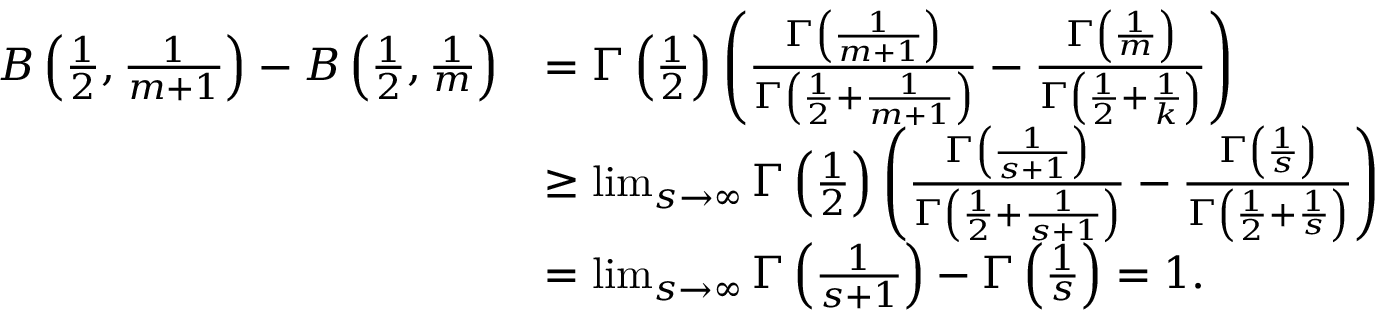
\begin{array} { r l } { B \left( \frac { 1 } { 2 } , \frac { 1 } { m + 1 } \right) - B \left( \frac { 1 } { 2 } , \frac { 1 } { m } \right) } & { = \Gamma \left( \frac { 1 } { 2 } \right) \left( \frac { \Gamma \left( \frac { 1 } { m + 1 } \right) } { \Gamma \left( \frac { 1 } { 2 } + \frac { 1 } { m + 1 } \right) } - \frac { \Gamma \left( \frac { 1 } { m } \right) } { \Gamma \left( \frac { 1 } { 2 } + \frac { 1 } { k } \right) } \right) } \\ & { \geq \operatorname* { l i m } _ { s \to \infty } \Gamma \left( \frac { 1 } { 2 } \right) \left( \frac { \Gamma \left( \frac { 1 } { s + 1 } \right) } { \Gamma \left( \frac { 1 } { 2 } + \frac { 1 } { s + 1 } \right) } - \frac { \Gamma \left( \frac { 1 } { s } \right) } { \Gamma \left( \frac { 1 } { 2 } + \frac { 1 } { s } \right) } \right) } \\ & { = \operatorname* { l i m } _ { s \to \infty } \Gamma \left( \frac { 1 } { s + 1 } \right) - \Gamma \left( \frac { 1 } { s } \right) = 1 . } \end{array}